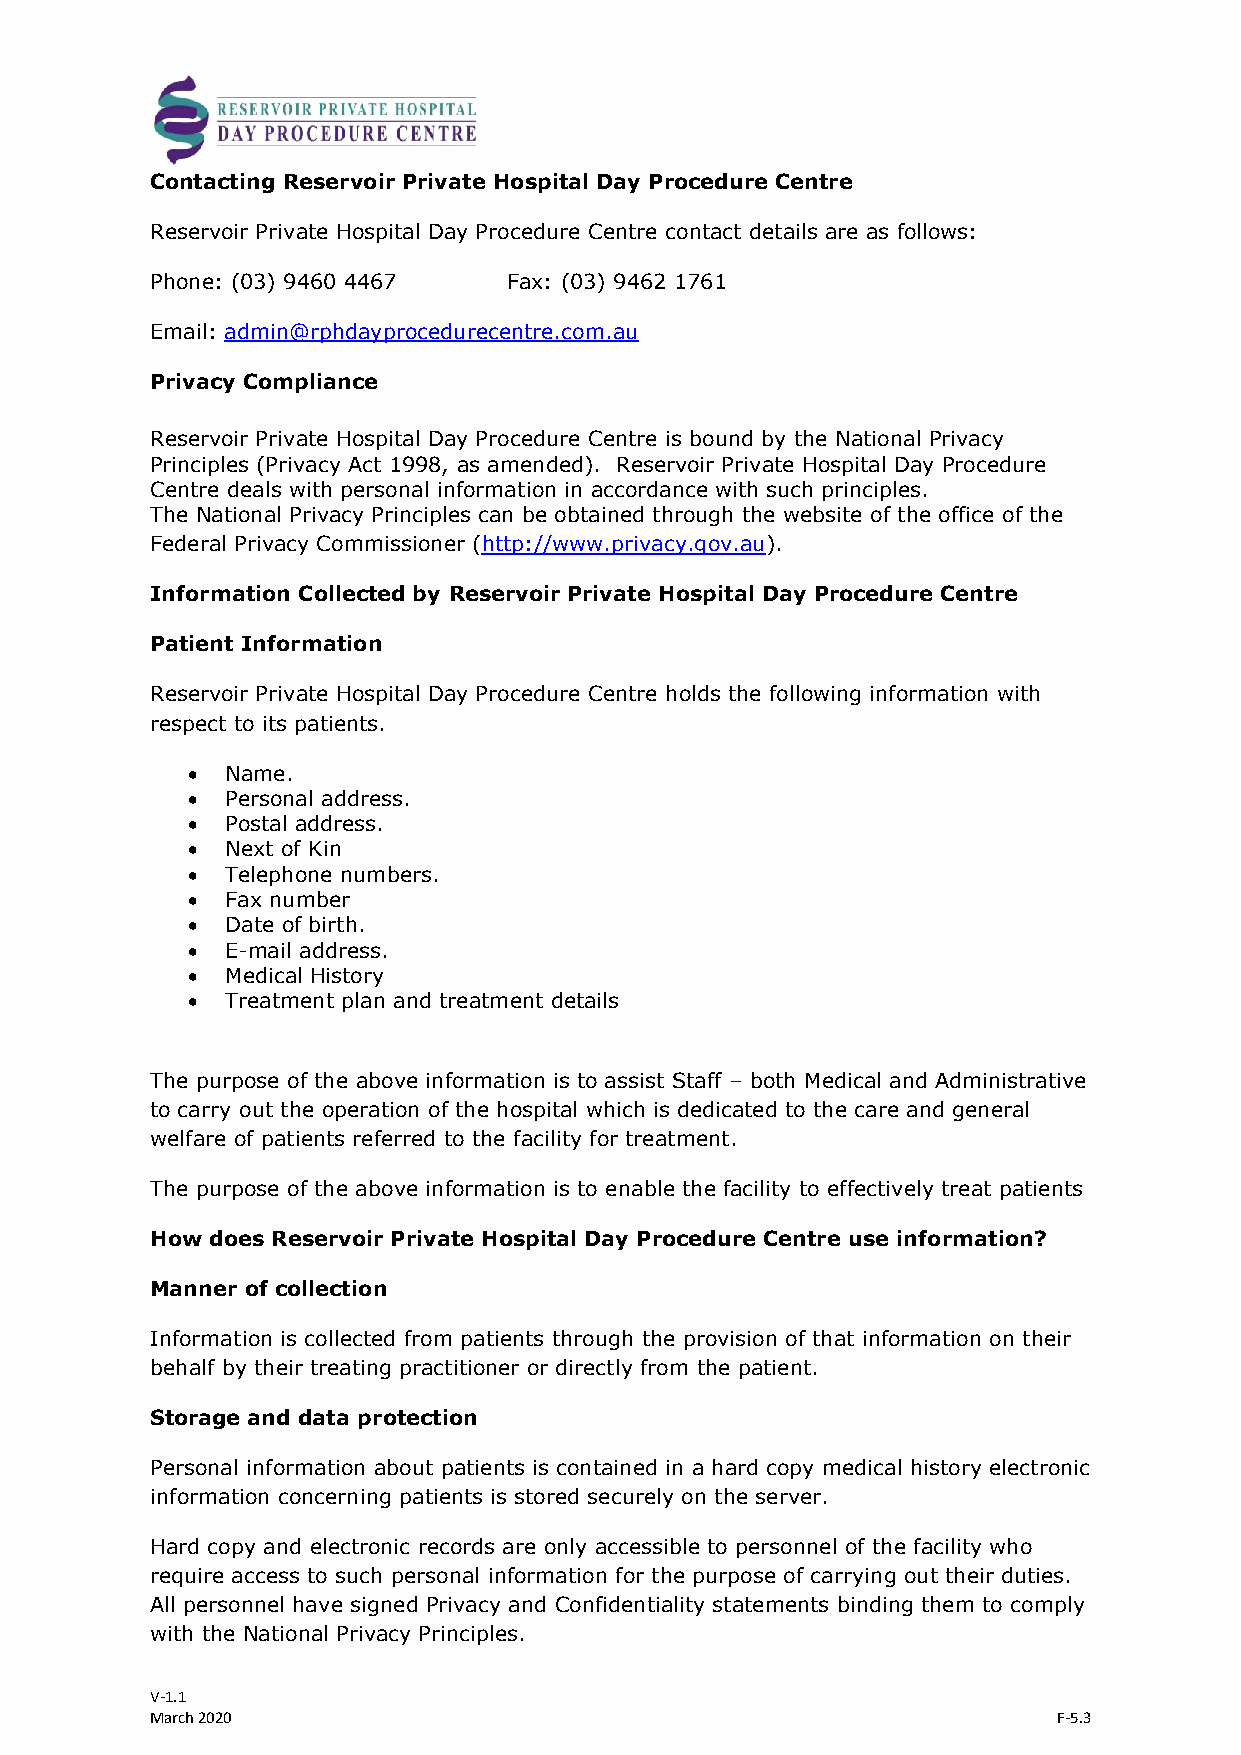
Contacting Reservoir Private Hospital Day Procedure Centre
 Reservoir Private Hospital Day Procedure Centre contact details are as follows:
 Phone: (03) 9460 4467   Fax: (03) 9462 1761
 Email: admin@rphdayprocedurecentre.com.au
 Privacy Compliance
 Reservoir Private Hospital Day Procedure Centre is bound by the National Privacy
 Principles (Privacy Act 1998, as amended). Reservoir Private Hospital Day Procedure
 Centre deals with personal information in accordance with such principles.
 The National Privacy Principles can be obtained through the website of the office of the
 Federal Privacy Commissioner (http://www.privacy.gov.au).
 Information Collected by Reservoir Private Hospital Day Procedure Centre
 Patient Information
 Reservoir Private Hospital Day Procedure Centre holds the following information with
 respect to its patients.
   Name.
   Personal address.
   Postal address.
   Next of Kin
   Telephone numbers.
   Fax number
   Date of birth.
   E-mail address.
   Medical History
   Treatment plan and treatment details
 The purpose of the above information is to assist Staff – both Medical and Administrative
 to carry out the operation of the hospital which is dedicated to the care and general
 welfare of patients referred to the facility for treatment.
 The purpose of the above information is to enable the facility to effectively treat patients
 How does Reservoir Private Hospital Day Procedure Centre use information?
 Manner of collection
 Information is collected from patients through the provision of that information on their
 behalf by their treating practitioner or directly from the patient.
 Storage and data protection
 Personal information about patients is contained in a hard copy medical history electronic
 information concerning patients is stored securely on the server.
 Hard copy and electronic records are only accessible to personnel of the facility who
 require access to such personal information for the purpose of carrying out their duties.
 All personnel have signed Privacy and Confidentiality statements binding them to comply
 with the National Privacy Principles.
 V-1.1
 March 2020                                                  F-5.3